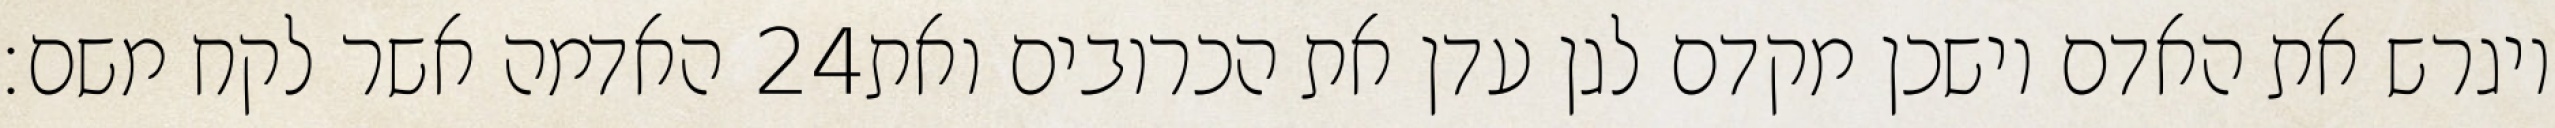
האדמה אשר לקח משם׃ ‎24‏ ויגרש את האדם וישכן מקדם לגן עדן את הכרובים ואת